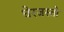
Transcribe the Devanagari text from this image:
घेरजस्तो